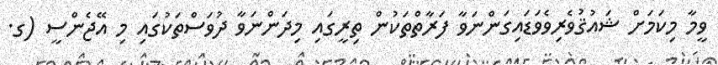
ވީމާ މިކަމަށް ޝައުޤުވެރިވެވަޑައިގަންނަވާ ފަރާތްތަކުން ތިރީގައި މިދަންނަވާ ދުވަސްތަކުގައި މި އޭޖެންސީ (ގ.